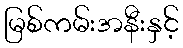
မြစ်ကမ်းအနီးနှင့်